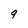
Character: 9